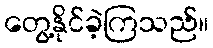
တွေ့နိုင်ခဲ့ကြသည်။